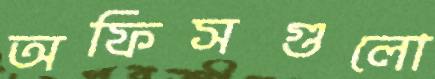
অফিসগুলো